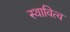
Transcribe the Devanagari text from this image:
स्थावित्व